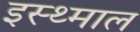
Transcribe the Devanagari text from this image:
इस्थ्माल